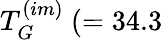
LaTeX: T_{G}^{(im)}~(=34.3